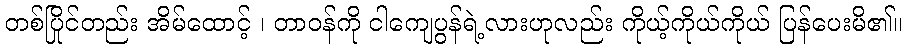
တစ်ပြိုင်တည်း အိမ်ထောင့် ၊ တာဝန်ကို ငါကျေပွန်ရဲ့လားဟုလည်း ကိုယ့်ကိုယ်ကိုယ် ပြန်ပေးမိ၏။